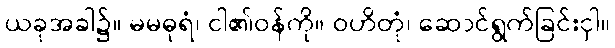
ယခုအခါ၌။ မမဓုရံ၊ ငါ၏ဝန်ကို။ ဝဟိတုံ၊ ဆောင်ရွက်ခြင်းငှါ။